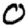
Digit: 0